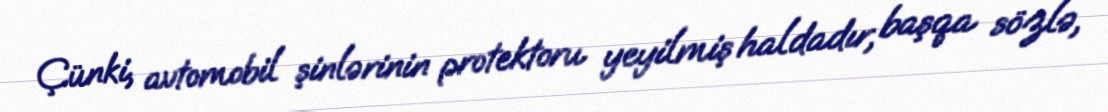
Çünki, avtomobil şinlərinin protektoru yeyilmiş haldadır, başqa sözlə,